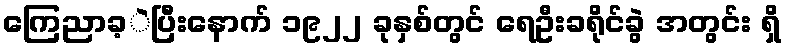
ကြေညာခ့ဲပြီးနောက် ၁၉၂၂ ခုနှစ်တွင် ရေဦးခရိုင်ခွဲ အတွင်း ရှိ